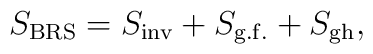
S_{\rm BRS} = S_{\rm inv} + S_{\rm g.f.} + S_{\rm gh} ,